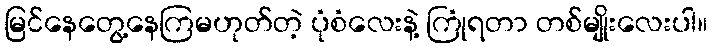
မြင်နေတွေ့နေကြမဟုတ်တဲ့ ပုံစံလေးနဲ့ ကြုံရတာ တစ်မျိုးလေးပါ။